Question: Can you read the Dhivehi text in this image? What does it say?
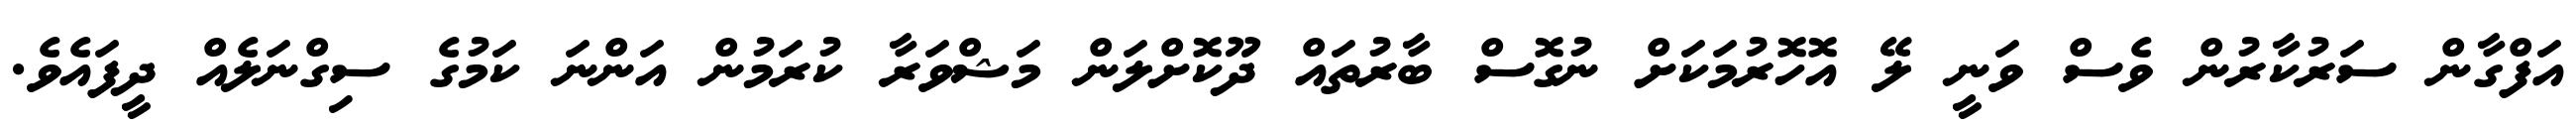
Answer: އަފްގާން ސަރުކާރުން ވެސް ވަނީ ލޭ އޮހޮރުމަކަށް ނުގޮސް ބާރުތައް ދޫކޮށްލަން މަޝްވަރާ ކުރަމުން އަންނަ ކަމުގެ ސިގްނަލެއް ދީފައެވެ.